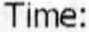
TIME: